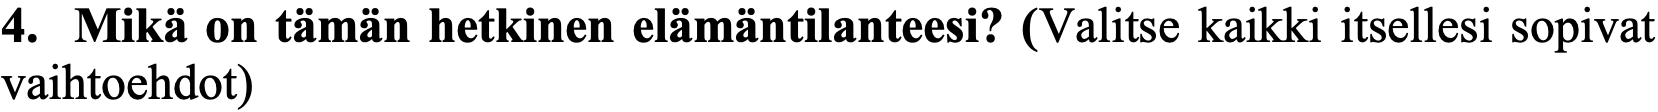
4. Mikä on tämän hetkinen elämäntilanteesi? (Valitse kaikki itsellesi sopivat vaihtoehdot)